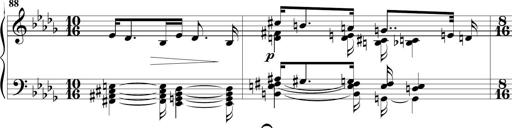
Title: Sonatine MÃ©lancolique
Composer: Julian Raoul Besset